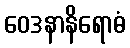
ဝေဒနာနိရောဓံ